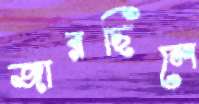
জারছিলে